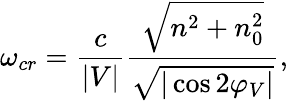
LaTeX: \omega_{cr}=\frac{c}{|V|}\frac{\sqrt{n^{2}+n_{0}^{2}}}{\sqrt{|\cos{2\varphi_{V}}|}},